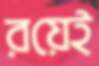
রয়েই